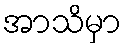
အာသိမှာ